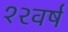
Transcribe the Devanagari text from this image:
१२वर्ष